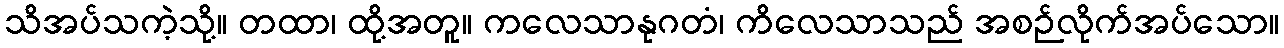
သိအပ်သကဲ့သို့။ တထာ၊ ထို့အတူ။ ကလေသာနုဂတံ၊ ကိလေသာသည် အစဉ်လိုက်အပ်သော။